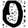
Digit: 0